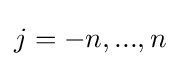
j=-n,...,n